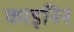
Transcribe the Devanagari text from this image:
काइनिन